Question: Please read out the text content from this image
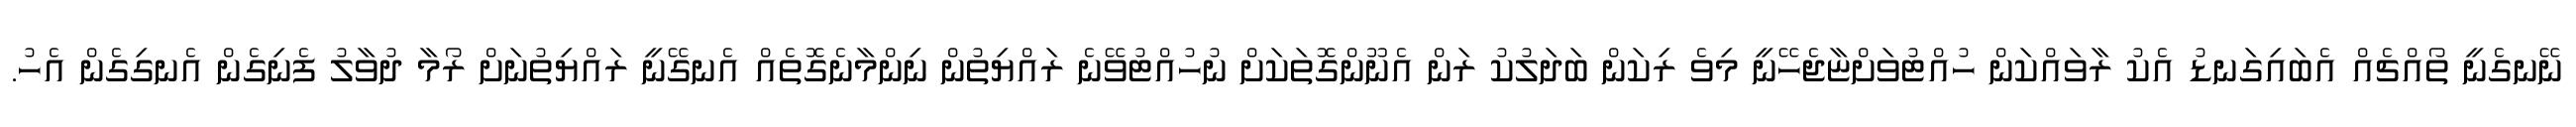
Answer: ނޭނގެނީ ތޯއްޗެއް އެބައިގަނޑު އެކު ރާވައްކަން ހުއްޓުވަށްޏާޖެހޭނީ މިވެ ރިކަން ބަދަލުކު ރަން އެނޫންގޮތަކަށް ނުހުއްޓުވޭނެ ރައްޔިތުން ނިންމާނެގޮތެއް އެނގޭނީ ރައްޔިތުނަށް ރޯމާ ދުވާލު ފެނިގެން އެނގިގެން އެހު.